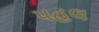
પહલ